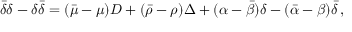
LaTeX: { \bar { \delta } } \delta - \delta { \bar { \delta } } = ( { \bar { \mu } } - \mu ) D + ( { \bar { \rho } } - \rho ) \Delta + ( \alpha - { \bar { \beta } } ) \delta - ( { \bar { \alpha } } - \beta ) { \bar { \delta } } \, ,